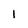
Character: I